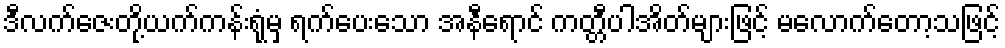
ဒီလက်ဇေးတို့ယက်ကန်းရုံမှ ရက်ပေးသော အနီရောင် ကတ္တီပါအိတ်များဖြင့် မလောက်တော့သဖြင့်